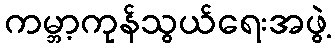
ကမ္ဘာ့ကုန်သွယ်ရေးအဖွဲ့